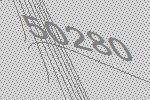
50280